Civil Veterinary Department Bengal reports 1933-51 - 1933-1951
Year: 1933
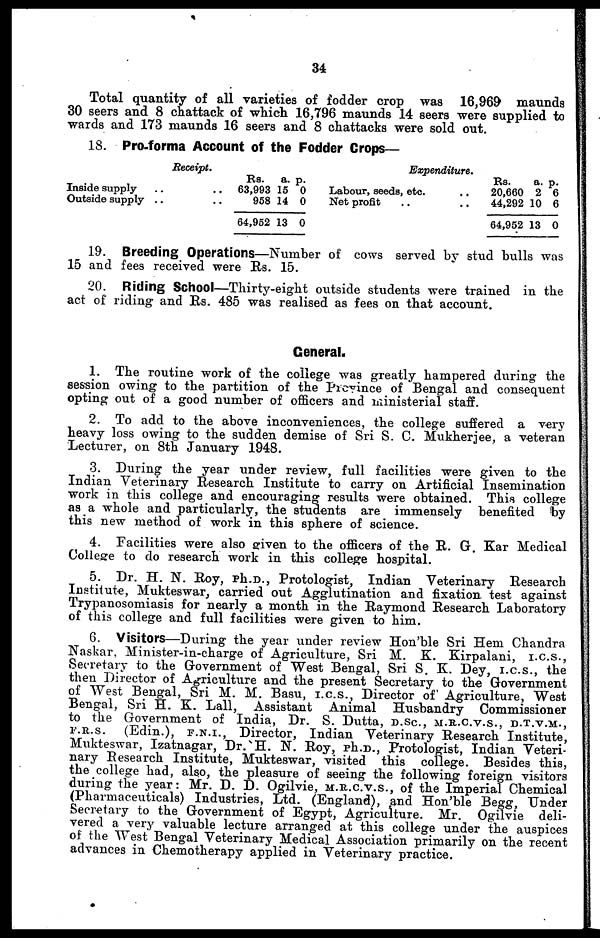
34
Total quantity of all varieties of fodder crop was 16,969
maunds
30 seers and 8 chattack of which 16,796 maunds 14 seers were supplied to
wards and 173 maunds 16 seers and 8 chattacks were sold out.
18. Pro-forma Account of the Fodder Crops—
Receipt.
Inside supply .. ..
Outside supply .. ..
Rs.
63,993
958
64,952
a.
15
14
13
p.
0
0
0
Expenditure.
Labour, seeds, etc. ..
Net profit .. ..
Rs.
20,660
44,292
64,952
a.
2
10
13
p.
6
6
0
19. Breeding Operations—Number of cows served by stud bulls was
15 and fees received were Its. 15.
20. Riding School—Thirty-eight outside students were trained in the
act of riding and Rs. 485 was realised as fees on that account.
General.
1. The routine work of the college was greatly hampered during the
session owing to the partition of the Province of Bengal and consequent
opting out of a good number of officers and ministerial staff.
2. To add to the above inconveniences, the college suffered a very
heavy loss owing to the sudden demise of Sri S. C. Mukherjee, a veteran
Lecturer, on 8th January 1948.
3. During the year under review, full facilities were given to the
Indian Veterinary Research Institute to carry on Artificial Insemination
work in this college and encouraging results were obtained. This college
as a whole and particularly, the students are immensely benefited by
this new method of work in this sphere of science.
4. Facilities were also given to the officers of the R. G. Kar Medical
College to do research work in this college hospital.
5. Dr. H. N. Roy, Ph.D., Protologist, Indian Veterinary Research
Institute, Mukteswar, carried out Agglutination and fixation test against
Trypanosomiasis for nearly a month in the Raymond Research Laboratory
of this college and full facilities were given to him.
6. Visitors—During the year under review Hon'ble Sri Hem Chandra
Naskar, Minister-in-charge of Agriculture, Sri M. K. Kirpalani, I.C.S.,
Secretary to the Government of West Bengal, Sri S. K. Dey, I.C.S., the
then Director of Agriculture and the present Secretary to the Government
of West Bengal, Sri M. M. Basu, I.C.S., Director of Agriculture, West
Bengal, Sri H. K. Lall, Assistant Animal Husbandry Commissioner
to the Government of India, Dr. S. Dutta, D .SC., M.R.C.V.S., D.T.V.M.,
F.R.S.
(Edin.), F.N.I., Director, Indian Veterinary Research Institute,
Mukteswar, Izatnagar, Dr. H. N. Roy, Ph.D., Protologist, Indian Veteri-
nary Research Institute, Mukteswar, visited this college. Besides this,
the college had, also, the pleasure of seeing the following foreign visitors
during the year: Mr. D. D. Ogilvie, M.R.C.V.S., of the Imperial Chemical
(Pharmaceuticals) Industries, Ltd. (England), and Hon' ble Begg, Under
Secretary to the Government of Egypt, Agriculture. Mr. Ogilvie deli-
vered a very valuable lecture arranged at this college under the auspices
of the West Bengal Veterinary Medical Association primarily on the recent
advances in Chemotherapy applied in Veterinary practice.